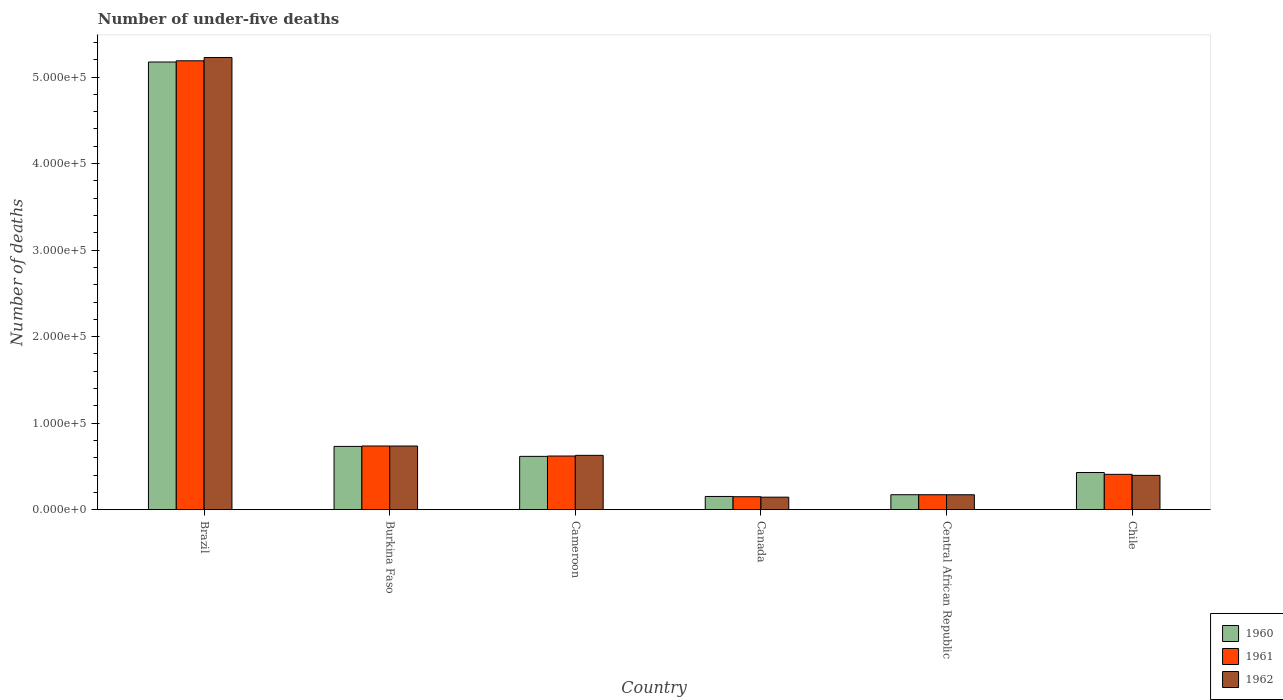
| Country | 1960 | 1961 | 1962 |
 | --- | --- | --- | --- |
 | Brazil | 5.17e+05 | 5.19e+05 | 5.23e+05 |
 | Burkina Faso | 7.32e+04 | 7.36e+04 | 7.36e+04 |
 | Cameroon | 6.16e+04 | 6.2e+04 | 6.28e+04 |
 | Canada | 1.53e+04 | 1.5e+04 | 1.45e+04 |
 | Central African Republic | 1.73e+04 | 1.73e+04 | 1.73e+04 |
 | Chile | 4.3e+04 | 4.09e+04 | 3.97e+04 |